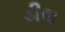
ડીલ